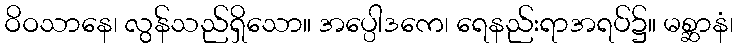
ဝိဝသာနေ၊ လွန်သည်ရှိသော။ အပ္ပေါဒကေ၊ ရေနည်းရာအရပ်၌။ မစ္ဆာနံ၊